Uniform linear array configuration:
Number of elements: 32
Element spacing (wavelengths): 1
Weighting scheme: hann
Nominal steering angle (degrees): -15
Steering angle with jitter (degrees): -16.533
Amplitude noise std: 0.05
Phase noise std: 0.05

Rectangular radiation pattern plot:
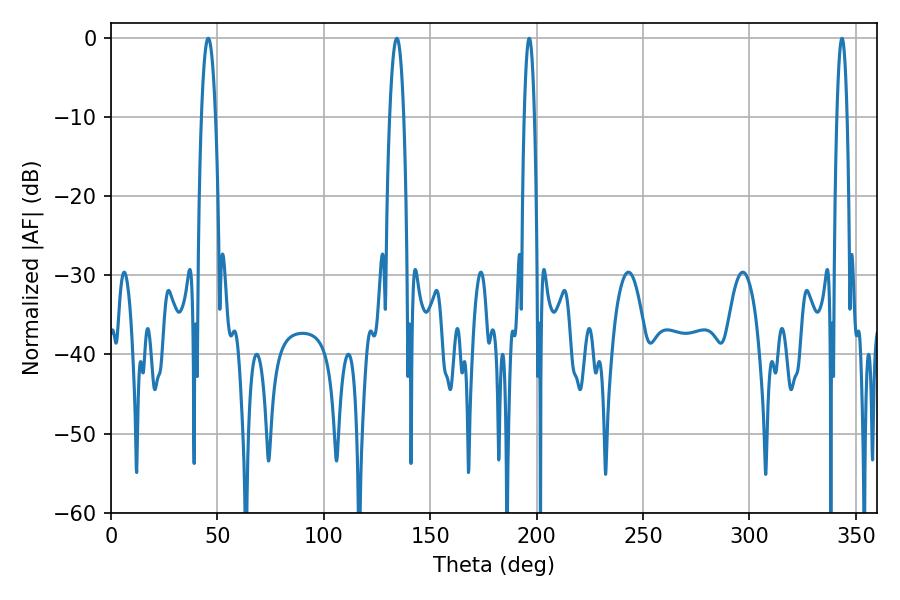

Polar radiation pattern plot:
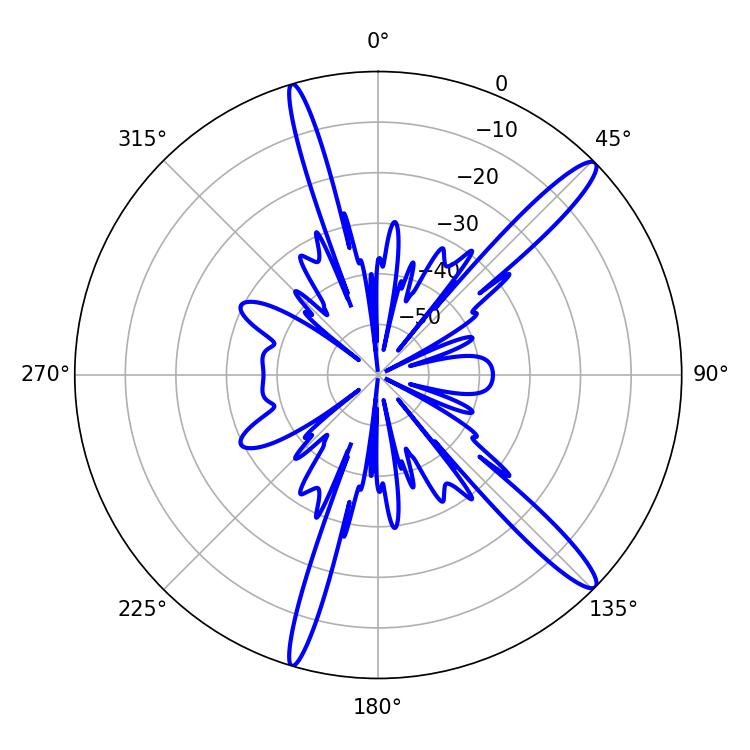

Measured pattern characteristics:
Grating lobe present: TRUE
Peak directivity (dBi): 14.541
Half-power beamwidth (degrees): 3.6
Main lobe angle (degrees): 45.72